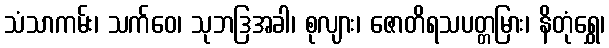
သံသာကမ်း၊ သက်ဝေ၊ သုဘဒြအခါ၊ စုလျား၊ ဇောတိရသပတ္တမြား၊ နိတုံရွှေ၊